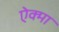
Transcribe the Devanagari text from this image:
ऐक्मा